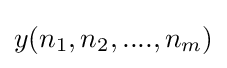
y(n_{1},n_{2},....,n_{m})